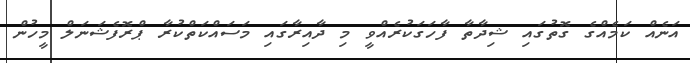
އަނެއް ކަމެއްގެ ގޮތުގައި ޝިދާތާ ފާހަގަކުރެއްވީ މި ދާއިރާގައި މަސައްކަތްކުރާ ޕްރޮފެޝަނަލް މީހުން